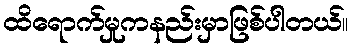
ထိရောက်မှုကနည်းမှာဖြစ်ပါတယ်။